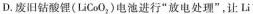
D.废旧钴酸锂(LiCoO_{2})电池进行“放电处理”，让Li'